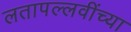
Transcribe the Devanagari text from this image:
लतापल्लवींच्या